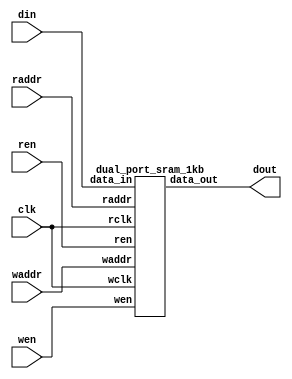
//-----------------------------------------------------
// Design Name : dual_port_ram_1k
// Function    : Dual port RAM 128x8bit
// Coder       : Xifan Tang
//-----------------------------------------------------

module dual_port_ram_1k (
  input clk,
  input wen,
  input ren,
  input [6:0] waddr,
  input [6:0] raddr,
  input [7:0] din,
  output [7:0] dout
);

    dual_port_sram_1kb memory_0 (
      .wclk    (clk),
      .wen    (wen),
      .waddr    (waddr),
      .data_in  (din),
      .rclk    (clk),
      .ren    (ren),
      .raddr    (raddr),
      .data_out    (dout) );

endmodule

module dual_port_sram_1kb (
  input wclk,
  input wen,
  input [6:0] waddr,
  input [7:0] data_in,
  input rclk,
  input ren,
  input [6:0] raddr,
  output [7:0] data_out
);

  reg [7:0] ram[127:0];
  reg [7:0] internal;

  assign data_out = internal;

  always @(posedge wclk) begin
    if(wen) begin
      ram[waddr] <= data_in;
    end
  end

  always @(posedge rclk) begin
    if(ren) begin
      internal <= ram[raddr];
    end
  end

endmodule